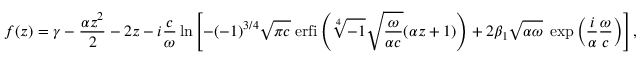
f ( z ) = \gamma - \frac { \alpha z ^ { 2 } } { 2 } - 2 z - i \frac { c } { \omega } \ln \left[ - ( - 1 ) ^ { 3 / 4 } \sqrt { \pi c } \; \mathrm { e r f i } \left( \sqrt [ 4 ] { - 1 } \sqrt { \frac { \omega } { \alpha c } } ( \alpha z + 1 ) \right) + 2 \beta _ { 1 } \sqrt { \alpha \omega } \; \exp \left( \frac { i } { \alpha } \frac { \omega } { c } \right) \right] ,